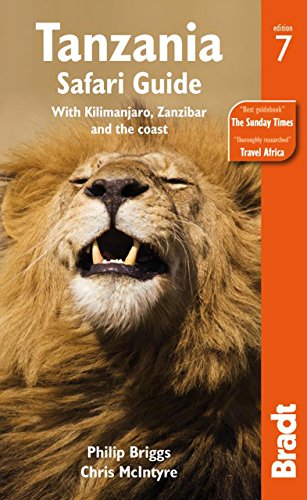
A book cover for Tanzania Safari Guide: With Kilimanjaro, Zanzibar and the coast (Bradt Travel Guide); Philip Briggs; Travel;